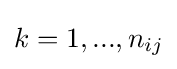
k=1,...,n_{ij}